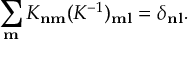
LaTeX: \sum _ { \bf m } K _ { \bf n \bf m } ( K ^ { - 1 } ) _ { \bf m \bf l } = \delta _ { \bf n \bf l } .